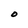
Character: O